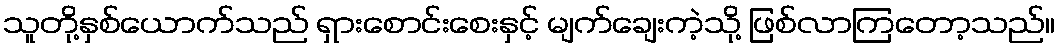
သူတို့နှစ်ယောက်သည် ရှားစောင်းစေးနှင့် မျက်ချေးကဲ့သို့ ဖြစ်လာကြတော့သည်။